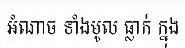
អំណាច ទាំងមូល ធ្លាក់ ក្នុង